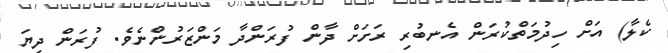
ކެލާ) އަށް ހިދުމަތްކުރަން އެނބުރި ރަށަށް ދާން ފުރަންދާ މަންޒަރުންނެވެ. ފުރަން ދިޔަ